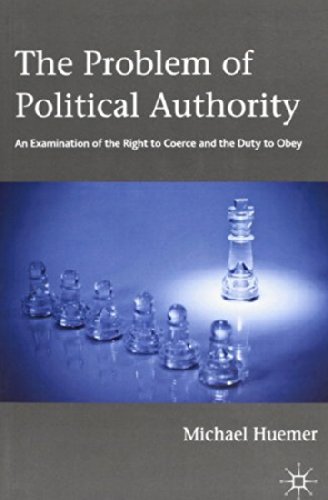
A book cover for The Problem of Political Authority: An Examination of the Right to Coerce and the Duty to Obey; Michael Huemer; Politics & Social Sciences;